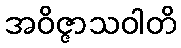
အဝိဇ္ဇာသဝါတိ